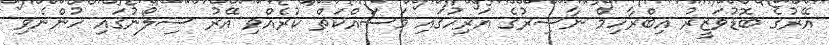
އޭރުގެ ބޮޑުވަޒީރު އިބްރާހިމް ނާސިރުގެ އަރިހުގައި މަސައްކަތް ކުރެއްވި އޭރު ސިލޯނުގައި ހުންނެވި